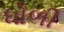
ધોળી